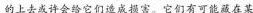
的上去或许会给它们造成损害。它们有可能藏在某